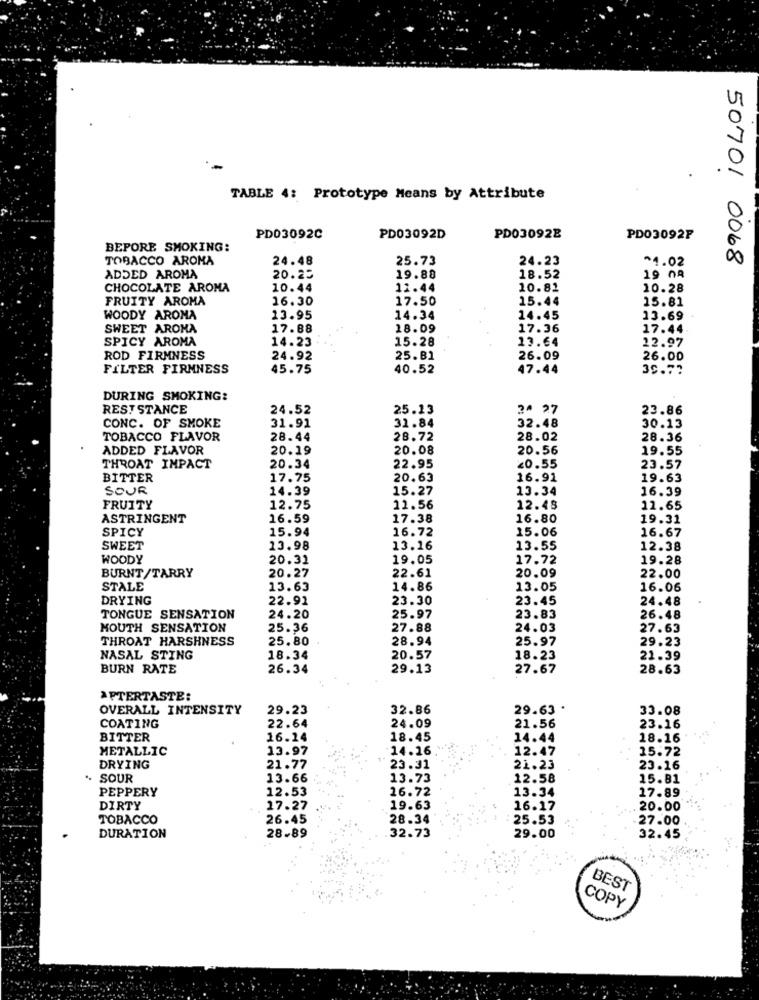
TABLE 4: Prototype Means by Attribute
PD03092C
PD03092D
PD030928
PD03092F
BEPORE SMOKING:
TOBACCO AROMA
24.48
25.73
24.23
^1.02
50701 0068
ADDED AROMA
20.23
19.88
18.52
19 08
CHOCOLATE AROMA
10.44
12.44
10.82
10.28
FRUITY AROMA
16.30
17.50
15.44
15.81
WOODY AROMA
13.95
14.34
14.45
13.69
SWEET AROMA
17.88
18.09
17.36
17.44
SPICY AROMA
14.23
15.28
13.64
12.97
ROD FIRMNESS
24.92
25.B1
26.09
26.00
FILTER FIRMNESS
45.75
40.52
47.44
39.77
DURING SMOKING:
RESISTANCE
24.52
25.13
2^ 27
23.86
CONC. OF SMOKE
31.84
32.48
31.91
30.13
TOBACCO FLAVOR
28.44
28.72
28.02
28.36
ADDED FLAVOR
20.19
20.08
20.56
19.55
THROAT IMPACT
20.34
22.95
20.55
23.57
BITTER
17.75
20.63
16.91
19.63
SOUR
14.39
15.27
13.34
16.39
FRUITY
12.75
11.56
12.48
12.65
ASTRINGENT
16.59
17.38
16.80
19.31
SPICY
15.94
16.72
15.06
16.67
SWEET
13.98
13.16
13.55
12.38
WOODY
20.31
19.05
17.72
19.28
BURNT/TARRY
20.27
22.61
20.09
22.00
STALE
13.63
14.86
13.05
16.06
DRYING
22.91
23.30
23.45
24.48
TONGUE SENSATION
24.20
25.97
23.83
26.48
HOUTH SENSATION
25.36
27.88
24.03
27.63
THROAT HARSHNESS
25.80
28.94
25.97
29.23
NASAL STING
18.34
20.57
18.23
21.39
BURN RATE
26.34
29.13
27.67
28.63
AFTERTASTE:
OVERALL INTENSITY
29.23
32.86
29.63 .
33.08
24.09
COATING
22.64
21.56
23.16
BITTER
16.24
18.45
14.44
18.16
METALLIC
13.97
14.16
12.47
15.72
DRYING
21.77
23.31
21.23
23.16
.. SOUR
13.66
13.73
12.58
15.81
PEPPERY
16.72
13.34
17.89
12.53
DIRTY
17.27
19.63
16.17
20.00
TOBACCO
26.45
28.34
25.53
27.00
DURATION
28.89
32.73
29.00
32.45
BEST
COPY